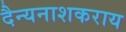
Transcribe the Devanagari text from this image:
दैन्यनाशकराय